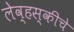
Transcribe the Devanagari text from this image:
लेव्हस्कीचे